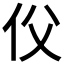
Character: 𠇑